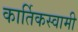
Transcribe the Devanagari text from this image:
कार्तिकस्‍वामी